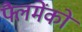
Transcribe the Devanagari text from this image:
फ्लैमेंको